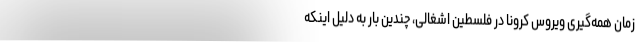
زمان همه‌گیری ویروس کرونا در فلسطین اشغالی، چندین بار به دلیل اینکه